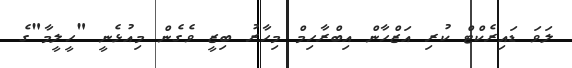
ލަވަ ޑައިރެކްޓް ކުރި އަޒްހާން އިބްރާހިމް މިހާރު ބިޒީ ވެގެން މިއުޅެނީ "ހީލީމާ"ގެ